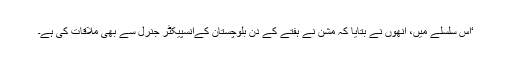
‘اِس سلسلے میں، اُنھوں نے بتایا کہ مشن نے ہفتے کے دِن بلوچستان کےانسپیکٹر جنرل سے بھی ملاقات کی ہے۔